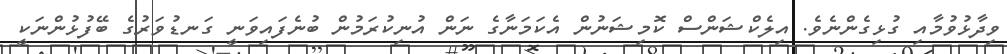
ވިދާޅުވުމާއި ގުޅިގެންނެވެ. އިލެކްޝަންސް ކޮމިޝަނުން އެކަމަނާގެ ނަން އުނިކުރަމުން ބުނެފައިވަނީ ގަނޑުވަރުގެ ބޭފުޅުންނަކީ